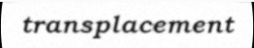
transplacement